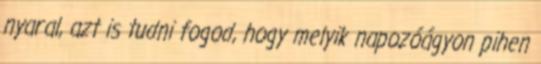
nyaral, azt is tudni fogod, hogy melyik napozóágyon pihen